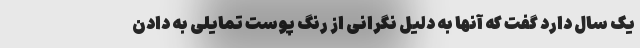
یک سال دارد گفت که آنها به دلیل نگرانی از رنگ پوست تمایلی به دادن